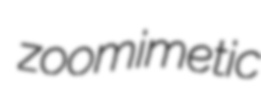
zoomimetic